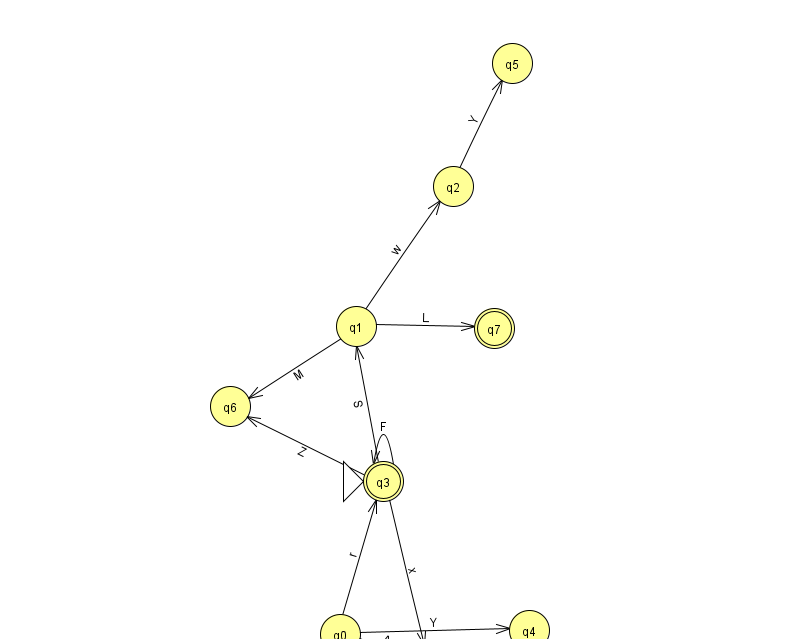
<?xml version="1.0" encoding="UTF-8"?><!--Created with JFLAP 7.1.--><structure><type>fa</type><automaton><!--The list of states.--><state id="0" name="q0"><x>340.0</x><y>621.0</y></state><state id="1" name="q1"><x>356.0</x><y>313.0</y></state><state id="2" name="q2"><x>453.0</x><y>173.0</y></state><state id="3" name="q3"><x>383.0</x><y>468.0</y><initial/><final/></state><state id="4" name="q4"><x>529.0</x><y>617.0</y></state><state id="5" name="q5"><x>512.0</x><y>50.0</y></state><state id="6" name="q6"><x>230.0</x><y>393.0</y></state><state id="7" name="q7"><x>494.0</x><y>315.0</y><final/></state><state id="8" name="q8"><x>426.0</x><y>651.0</y><final/></state><!--The list of transitions.--><transition><from>0</from><to>3</to><read>r</read></transition><transition><from>0</from><to>8</to><read>A</read></transition><transition><from>1</from><to>6</to><read>M</read></transition><transition><from>3</from><to>3</to><read>F</read></transition><transition><from>0</from><to>4</to><read>Y</read></transition><transition><from>1</from><to>2</to><read>w</read></transition><transition><from>3</from><to>8</to><read>x</read></transition><transition><from>1</from><to>7</to><read>L</read></transition><transition><from>2</from><to>5</to><read>Y</read></transition><transition><from>3</from><to>1</to><read>S</read></transition><transition><from>3</from><to>6</to><read>Z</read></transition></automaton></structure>